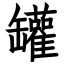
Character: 罐